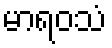
မာရဝသံ